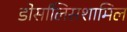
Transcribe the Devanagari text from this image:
डोर्सालिसशामिल